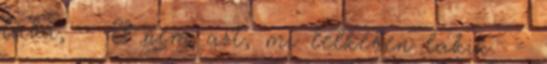
lába, - S nem azt, mi lelkében lakik. -